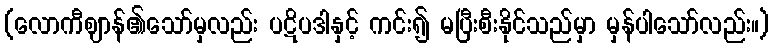
(လောကီဈာန်၏သော်မှလည်း ပဋိပဒါနှင့် ကင်း၍ မပြီးစီးနိုင်သည်မှာ မှန်ပါသော်လည်း။)